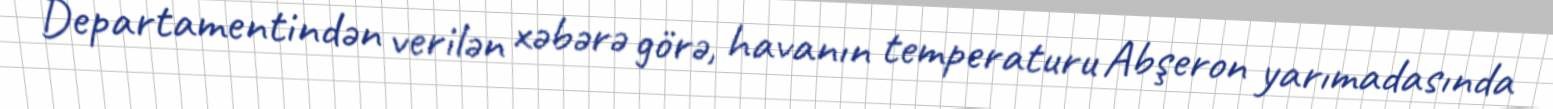
Departamentindən verilən xəbərə görə, havanın temperaturu Abşeron yarımadasında